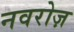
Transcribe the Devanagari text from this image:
नवरोज़